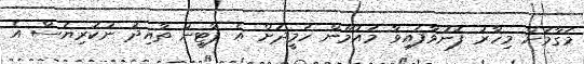
މަގާމަށް މިހާރު ފޮނުވާފައިވާ މައުމޫން ހަމީދަށް އެ ޕާޓީން ތާއިދު ނުކުރިޔަސް އެ